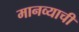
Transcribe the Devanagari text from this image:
मानव्याची